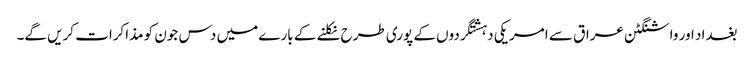
بغداد اور واشنگٹن عراق سے امریکی دہشتگردوں کے پوری طرح نکلنے کے بارے میں دس جون کو مذاکرات کریں گے۔